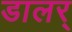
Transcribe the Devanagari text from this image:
डालर्